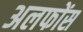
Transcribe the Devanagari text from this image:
अलफोंस